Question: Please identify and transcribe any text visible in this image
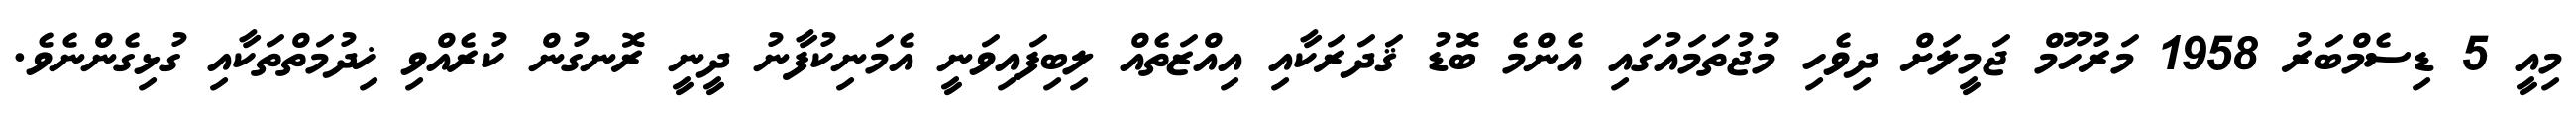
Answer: މިއީ 5 ޑިސެމްބަރު 1958 މަރުހޫމް ޖަމީލަށް ދިވެހި މުޖުތަމައުގައި އެންމެ ބޮޑު ޤަދަރަކާއި އިއްޒަތެއް ލިބިފައިވަނީ އެމަނިކުފާނު ދީނީ ރޮނގުން ކުރެއްވި ޚިދުމަތްތަކާއި ގުޅިގެންނެވެ.